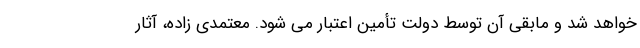
خواهد شد و مابقی آن توسط دولت تأمین اعتبار می شود. معتمدی زاده، آثار